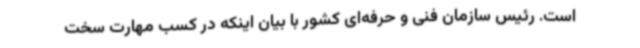
است. رئیس سازمان فنی و حرفه‌ای کشور با بیان اینکه در کسب مهارت سخت